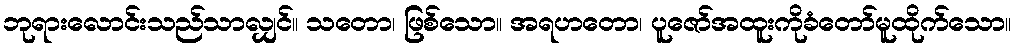
ဘုရားလောင်းသည်သာလျှင်။ သတော၊ ဖြစ်သော။ အရဟတော၊ ပူဇော်အထူးကိုခံတော်မူထိုက်သော။